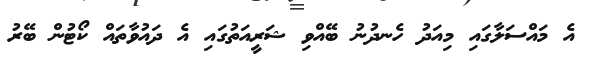
އެ މައްސަލާގައި މިއަދު ހެނދުނު ބޭއްވި ޝަރީއަތުގައި އެ ދައުވާތައް ކޯޓުން ބޭރު